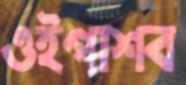
ওইপাশব